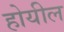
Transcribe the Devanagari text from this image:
होयील